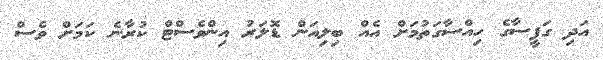
އަދި ގަފީސާގެ ހިއްސާގަތުމަށް އެއް ބިލިއަން ޑޮލަރު އިންވެސްޓް ކުރާނެ ކަމަށް ވެސް